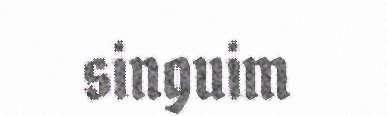
singuim